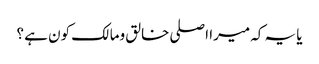
یا یہ کہ میرا اصلی خالق ومالک کون ہے ؟